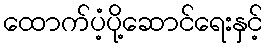
ထောက်ပံ့ပို့ဆောင်ရေးနှင့်